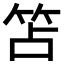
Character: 笘